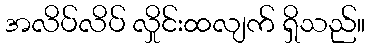
အလိပ်လိပ် လှိုင်းထလျက် ရှိသည်။